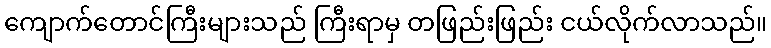
ကျောက်တောင်ကြီးများသည် ကြီးရာမှ တဖြည်းဖြည်း ငယ်လိုက်လာသည်။